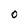
Character: 0